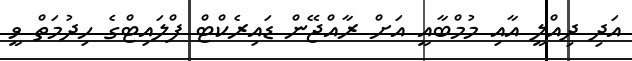
އަދި ދިއްލީ އާއި މުމްބާއީ އަށް ރާއްޖޭން ޑައިރެކްޓް ފްލައިޓްގެ ހިދުމަތް ވީ